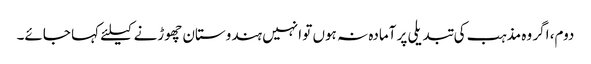
دوم، اگر وہ مذہب کی تبدیلی پر آمادہ نہ ہوں تو انہیں ہندوستان چھوڑنے کیلئے کہا جائے۔